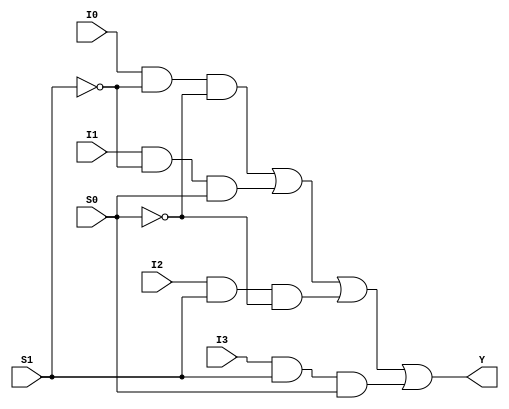
module mux4to1 (
    input I0,
    input I1,
    input I2,
    input I3,
    input S0,
    input S1,
    output Y
);
    assign Y = (I0 & ~S1 & ~S0) | (I1 & ~S1 & S0) | (I2 & S1 & ~S0) | (I3 & S1 & S0);
endmodule